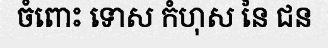
ចំពោះ ទោស កំហុស នៃ ជន